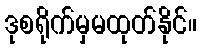
ဒုစရိုက်မှမထုတ်နိုင်။